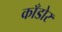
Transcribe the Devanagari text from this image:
काँडोर